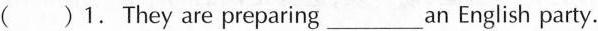
( )1.They are preparing ___ an English party.